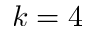
k = 4